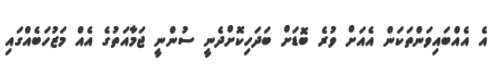
އެ އެއްބައިވަންތަކަން އެއަށް ވުރެ ބޮޑަށް ބަދަހިކޮށްދެނީ ސުންނީ ޖަމާއަތުގެ އެއް މަޒުހަބެއްގައި